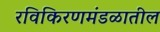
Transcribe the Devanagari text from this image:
रविकिरणमंडळातील